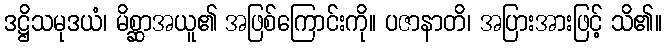
ဒဋ္ဌိသမုဒယံ၊ မိစ္ဆာအယူ၏ အဖြစ်ကြောင်းကို။ ပဇာနာတိ၊ အပြားအားဖြင့် သိ၏။